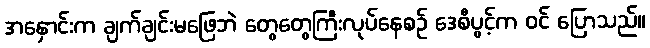
အနှောင်းက ချက်ချင်းမဖြေဘဲ တွေတွေကြီးလုပ်နေစဉ် ဒေစီပွင့်က ဝင် ပြောသည်။